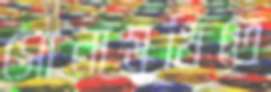
সোনামুখিতে